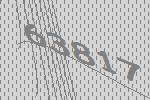
63817